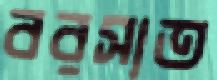
বরসাত